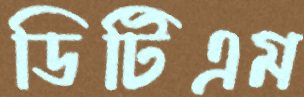
ডিটিএম